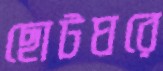
ছোটঘরে